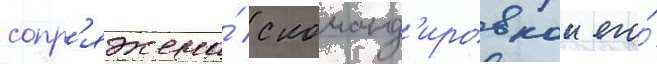
сопр'яжена́ с команд'ировкои его́